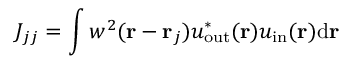
J _ { j j } = \int w ^ { 2 } ( \mathbf { r } - \mathbf { r } _ { j } ) u _ { \mathrm { o u t } } ^ { * } ( \mathbf { r } ) u _ { \mathrm { i n } } ( \mathbf { r } ) \mathrm { d } \mathbf { r }